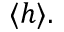
\langle h \rangle .